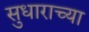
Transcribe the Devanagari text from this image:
सुधाराच्या